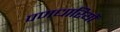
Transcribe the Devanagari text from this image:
पणधारियों